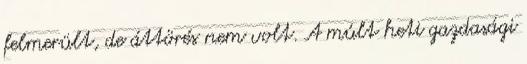
felmerült, de áttörés nem volt. A múlt heti gazdasági